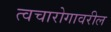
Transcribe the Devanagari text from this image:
त्वचारोगावरील